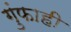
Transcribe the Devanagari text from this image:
गुंफाही